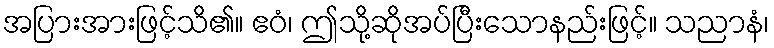
အပြားအားဖြင့်သိ၏။ ဧဝံ၊ ဤသို့ဆိုအပ်ပြီးသောနည်းဖြင့်။ သညာနံ၊